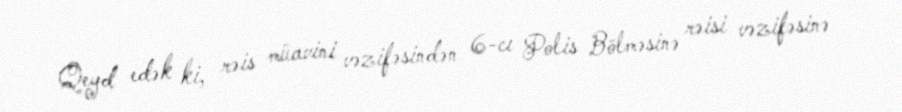
Qeyd edək ki, rəis müavini vəzifəsindən 6-cı Polis Bölməsinə rəisi vəzifəsinə